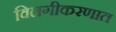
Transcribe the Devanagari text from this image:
विलगीकरणात